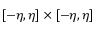
[ - \eta , \eta ] \times [ - \eta , \eta ]